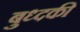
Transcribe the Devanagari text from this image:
बुध्दकी